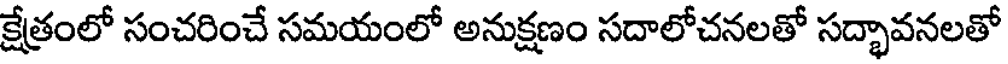
క్షేత్రంలో సంచరించే సమయంలో అనుక్షణం సదాలోచనలతో సద్భావనలతో